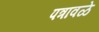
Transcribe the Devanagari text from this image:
पत्रावळे